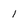
Character: 1